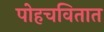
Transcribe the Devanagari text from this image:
पोहचवितात